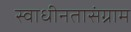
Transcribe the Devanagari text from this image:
स्वाधीनतासंग्राम